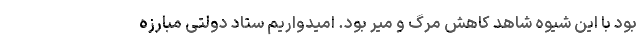
بود با این شیوه شاهد کاهش مرگ و میر بود. امیدواریم ستاد دولتی مبارزه